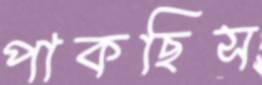
পাকছিস